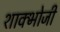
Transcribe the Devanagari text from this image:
शाक्भोजी